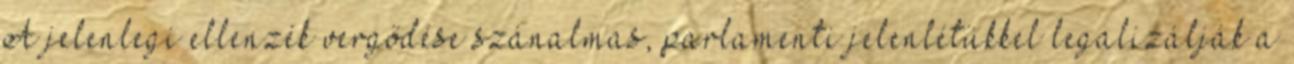
A jelenlegi ellenzék vergődése szánalmas, parlamenti jelenlétükkel legalizálják a